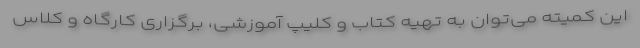
این کمیته می‌توان به تهیه کتاب و کلیپ آموزشی، برگزاری کارگاه و کلاس